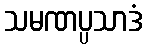
သမဏပ္ပသာဒံ